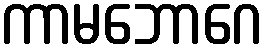
ကာမဘောဂေ